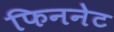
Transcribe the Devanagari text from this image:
फिननेट